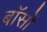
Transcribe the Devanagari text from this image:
बॉसों